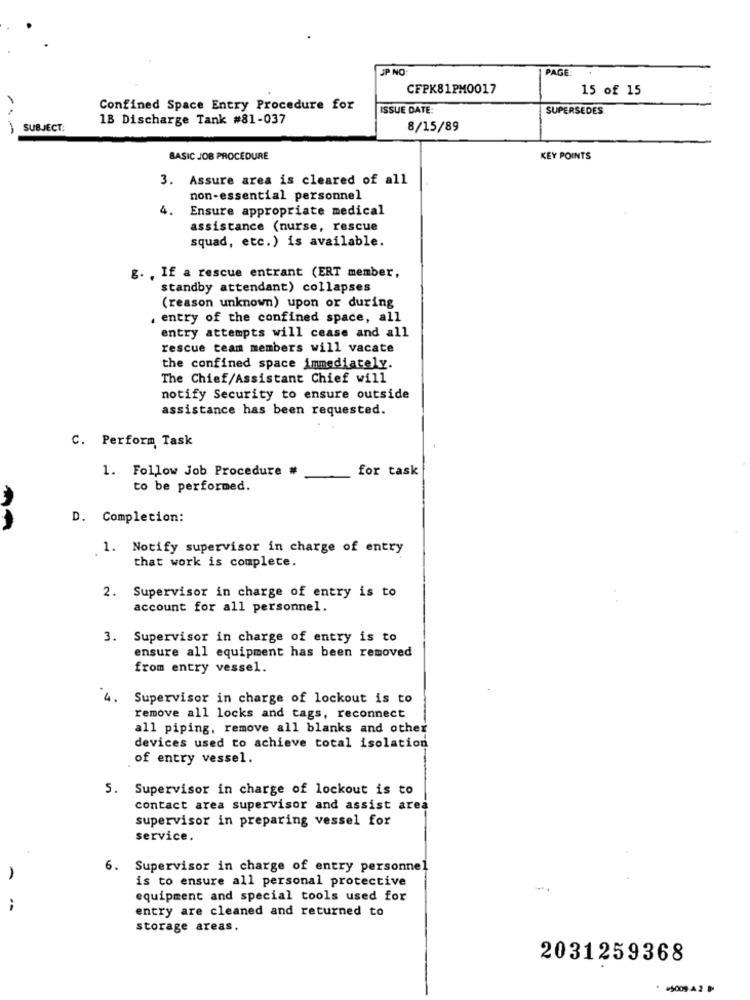
JP NO
PAGE:
CFPK81PM0017
15 of 15
Confined Space Entry Procedure for
ISSUE DATE:
SUPERSEDES
1B Discharge Tank #81-037
SUBJECT:
8/15/89
BASIC JOB PROCEDURE
KEY POINTS
Assure area is cleared of all
non-essential personnel
4.
Ensure appropriate medical
assistance (nurse, rescue
squad, etc.) is available.
g. , If a rescue entrant (ERT member,
standby attendant) collapses
(reason unknown) upon or during
. entry of the confined space, all
entry attempts will cease and all
rescue team members will vacate
the confined space immediately.
The Chief/Assistant Chief will
notify Security to ensure outside
assistance has been requested.
C. Perform Task
1. Follow Job Procedure #
for task
to be performed.
D. Completion:
1. Notify supervisor in charge of entry
that work is complete.
2.
Supervisor in charge of entry is to
account for all personnel.
3. Supervisor in charge of entry is to
ensure all equipment has been removed
from entry vessel.
4.
Supervisor in charge of lockout is to
remove all locks and tags, reconnect
all piping, remove all blanks and other
devices used to achieve total isolation
of entry vessel.
5. Supervisor in charge of lockout is to
contact area supervisor and assist area
supervisor in preparing vessel for
service.
6.
Supervisor in charge of entry personnel
is to ensure all personal protective
equipment and special tools used for
entry are cleaned and returned to
storage areas.
2031259368
=5009-42